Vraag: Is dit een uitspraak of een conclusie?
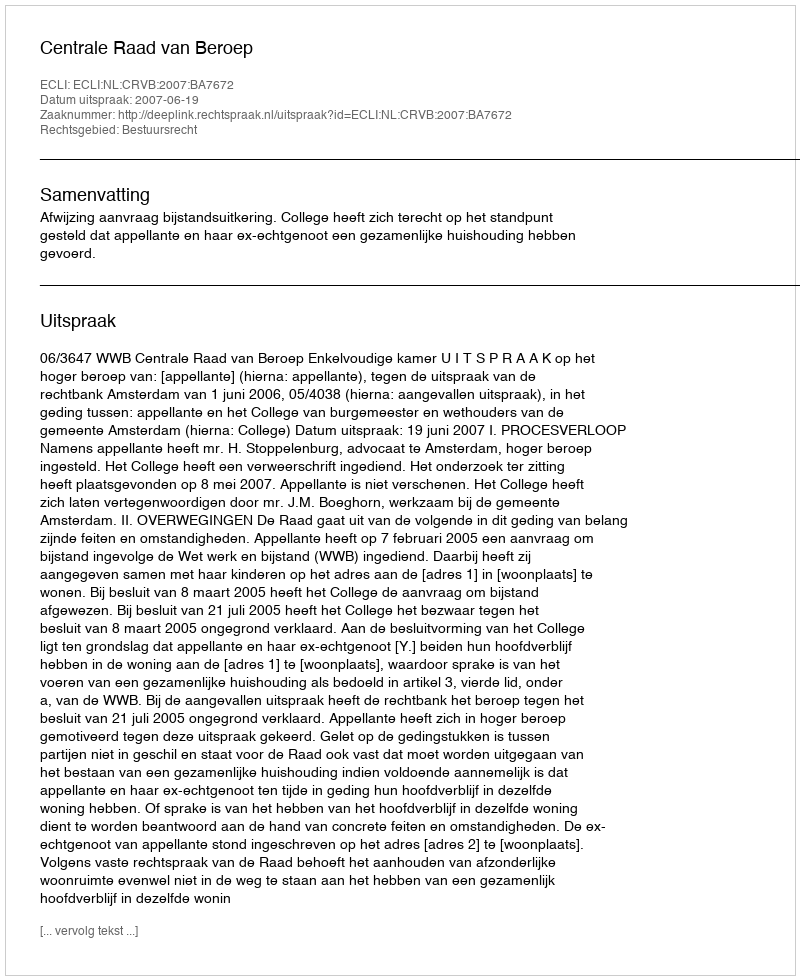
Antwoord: Uitspraak